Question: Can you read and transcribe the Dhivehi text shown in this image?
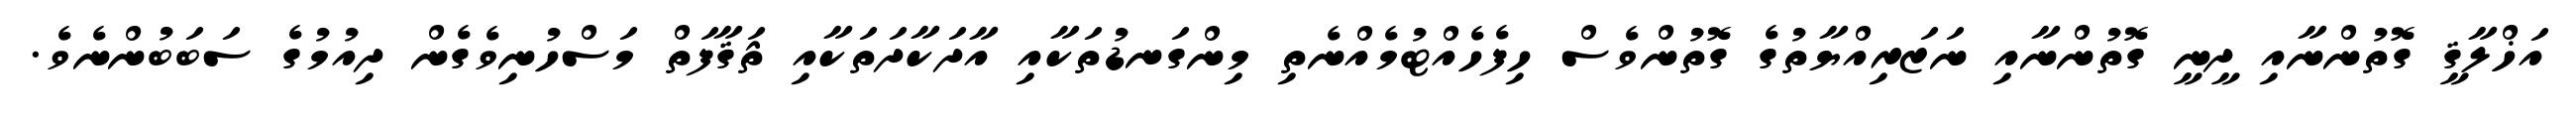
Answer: އަޚްލާޤީ ގޮތުންނާއި ދީނީ ގޮތުންނާއި ނަޒަރިއްޔާތުގެ ގޮތުންވެސް ހިފެހެއްޓުމެއްނެތި މިންގަނޑުތަކާއި އާދަކާދަތަކާއި ޘަޤާފަތް މަސްހުނިވެގެން ދިއުމުގެ ސަބަބުންނެވެ.